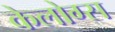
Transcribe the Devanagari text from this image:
केलोग्स